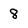
Character: 8